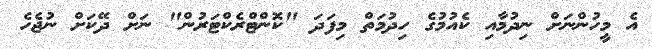
އެ މީހުންނަށް ނިދުމާއި ކެއުމުގެ ހިދުމަތް މިފަދަ "ކޮންޓްރެކްޓަރުން" ނަށް ދޭކަށް ނުޖެހެ